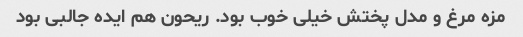
مزه مرغ و مدل پختش خیلی خوب بود. ریحون هم ایده جالبی بود